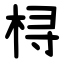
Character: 桪